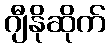
ဂျီနိုဆိုက်